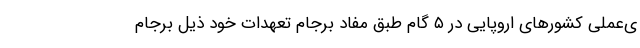
ی‌عملی کشورهای اروپایی در ۵ گام طبق مفاد برجام تعهدات خود ذیل برجام